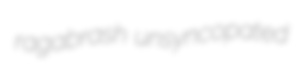
ragabrash unsyncopated